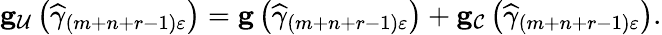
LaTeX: \begin{array}{r}{\mathbf{g}_{\mathcal{U}}\left(\widehat{\gamma}_{\left(m+n+r-1\right)\varepsilon}\right)=\mathbf{g}\left(\widehat{\gamma}_{\left(m+n+r-1\right)\varepsilon}\right)+\mathbf{g}_{\mathcal{C}}\left(\widehat{\gamma}_{\left(m+n+r-1\right)\varepsilon}\right).}\end{array}